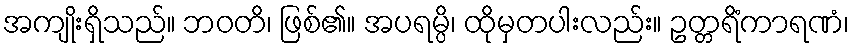
အကျိုးရှိသည်။ ဘဝတိ၊ ဖြစ်၏။ အပရမ္ပိ၊ ထိုမှတပါးလည်း။ ဥတ္တရိံကာရဏံ၊